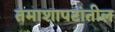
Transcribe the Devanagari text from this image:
तमाशापटांतील